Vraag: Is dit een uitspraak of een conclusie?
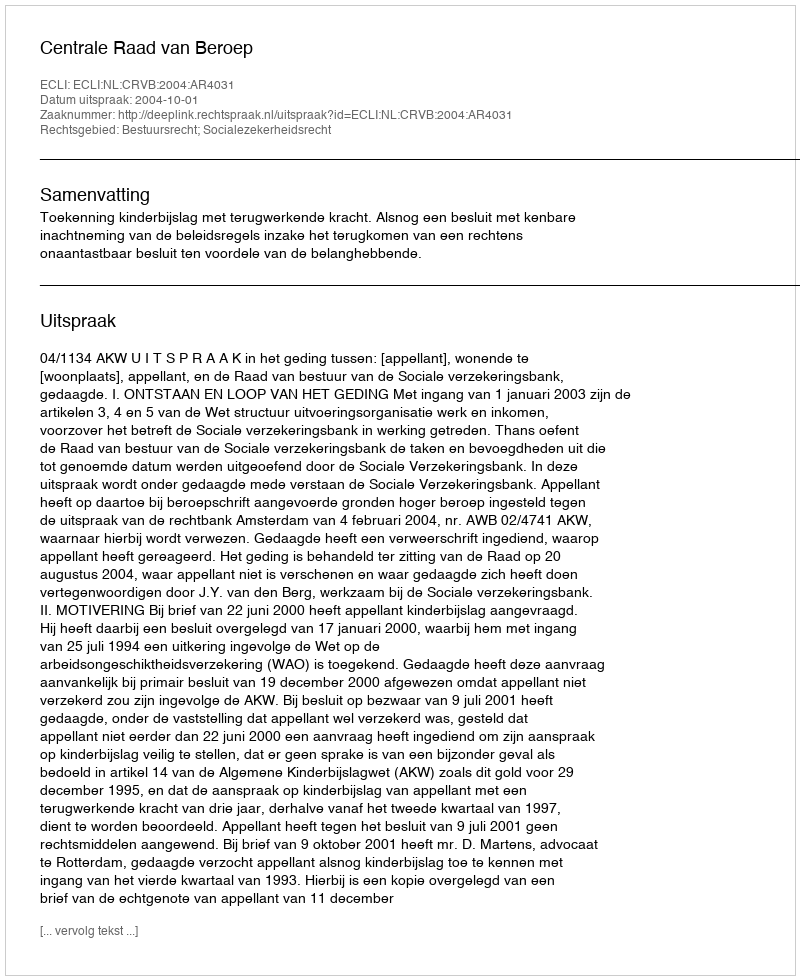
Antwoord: Uitspraak